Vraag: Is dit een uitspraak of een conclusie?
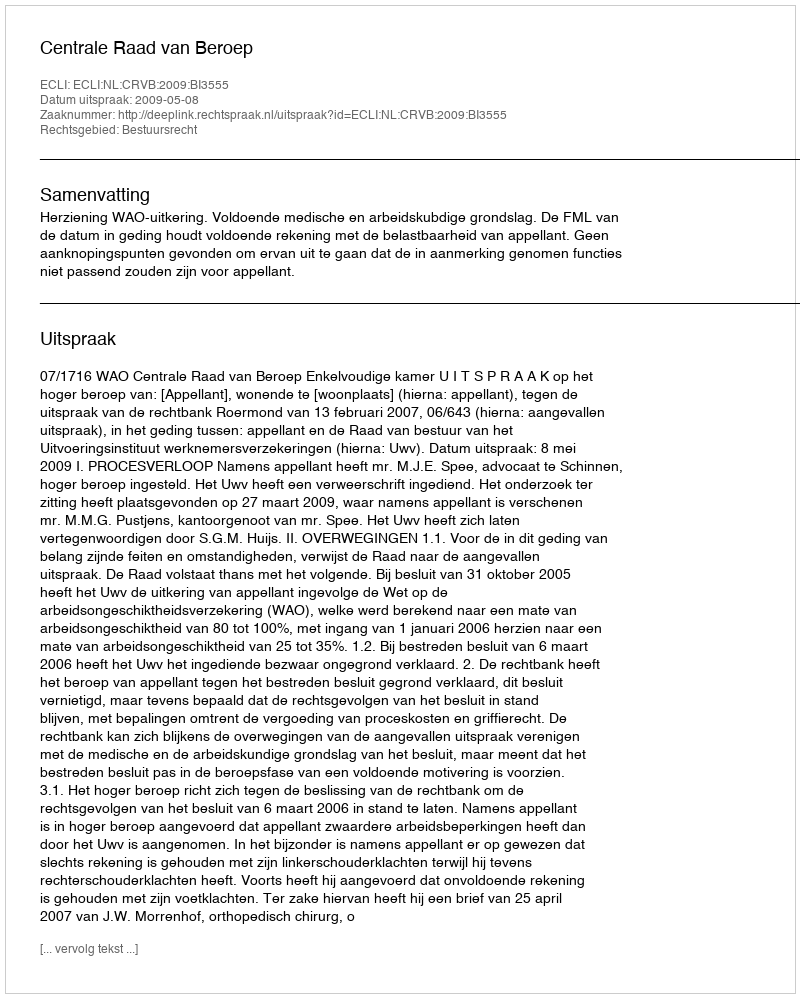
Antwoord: Uitspraak